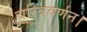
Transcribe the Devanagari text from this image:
चरित्रवर्णन।